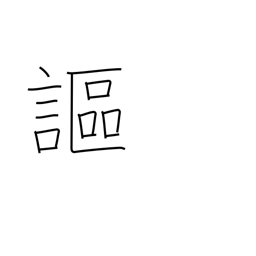
Meaning: declare